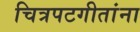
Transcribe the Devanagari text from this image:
चित्रपटगीतांना